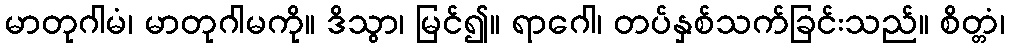
မာတုဂါမံ၊ မာတုဂါမကို။ ဒိသွာ၊ မြင်၍။ ရာဂေါ၊ တပ်နှစ်သက်ခြင်းသည်။ စိတ္တံ၊